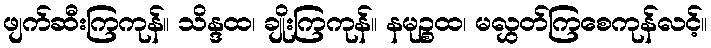
ဖျက်ဆီးကြကုန်။ သိန္ဒထ၊ ချိုးကြကုန်။ နမုဉ္စထ၊ မလွှတ်ကြစေကုန်လင့်။